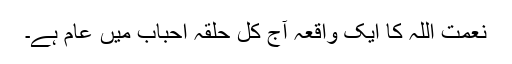
نعمت اللہ کا ایک واقعہ آج کل حلقہ احباب میں عام ہے۔